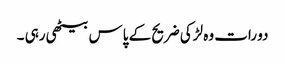
دو رات وہ لڑکی ضریح کے پاس بیٹھی رہی ۔